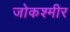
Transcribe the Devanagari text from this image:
जोकश्मीर